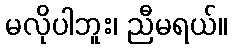
မလိုပါဘူး၊ ညီမရယ်။